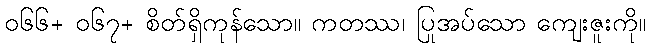
၀၆၆+ ၀၆၇+ စိတ်ရှိကုန်သော။ ကတဿ၊ ပြုအပ်သော ကျေးဇူးကို။